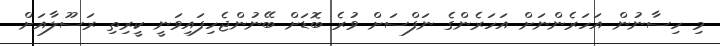
މި ހިސާނުން އަހަރެންނަށް އަހަރެންގެ ނަފްސަށް ވުރެ ބޮޑަށް ބޭނުންޖެހިފައިވަނީ ކީރިތި ރަސޫލާއަށް